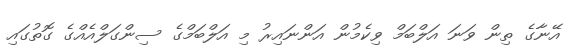
އޭނާގެ ތިން ވަނަ އަލްބަމް ވިކެމުން އަންނައިރު މި އަލްބަމްގެ ސިންގަލްއެއްގެ ގޮތުގައި